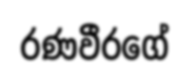
රණවීරගේ